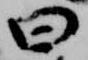
曰